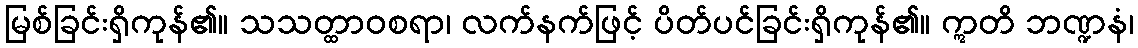
မြစ်ခြင်းရှိကုန်၏။ သသတ္ထာဝစရာ၊ လက်နက်ဖြင့် ပိတ်ပင်ခြင်းရှိကုန်၏။ ဣတိ ဘဏ္ဍနံ၊